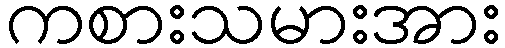
ကစားသမားအား